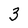
Character: 3